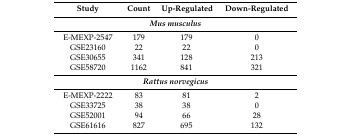
<table><thead><tr><td><b>Study</b></td><td><b>Count</b></td><td><b>Up-Regulated</b></td><td><b>Down-Regulated</b></td></tr></thead><tbody><tr><td colspan="4"><b><i>Mus musculus</i></b></td></tr><tr><td>E-MEXP-2547</td><td>179</td><td>179</td><td>0</td></tr><tr><td>GSE23160</td><td>22</td><td>22</td><td>0</td></tr><tr><td>GSE30655</td><td>341</td><td>128</td><td>213</td></tr><tr><td>GSE58720</td><td>1162</td><td>841</td><td>321</td></tr><tr><td colspan="4"><b><i>Rattus norvegicus</i></b></td></tr><tr><td>E-MEXP-2222</td><td>83</td><td>81</td><td>2</td></tr><tr><td>GSE33725</td><td>38</td><td>38</td><td>0</td></tr><tr><td>GSE52001</td><td>94</td><td>66</td><td>28</td></tr><tr><td>GSE61616</td><td>827</td><td>695</td><td>132</td></tr></tbody></table>